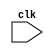
module instruction_fetch_operand_fetch (clk);

input clk;

wire clk;
reg [31:0] instruction,pc_current;

                     always @( negedge clk)
                     begin
                     # 9.99
                     instruction  <=  p.instruction;
                     pc_current   <=  p.pc_current;
                     end
                     
                     endmodule